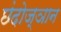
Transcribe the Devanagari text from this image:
छंदोज्ञान